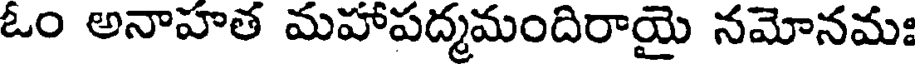
ఓం అనాహత మహాపద్మమందిరాయై నమోనమః